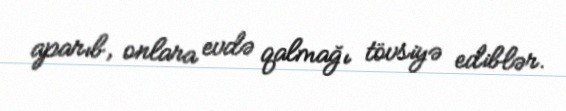
aparıb, onlara evdə qalmağı tövsiyə ediblər.